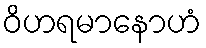
ဝိဟရမာနောဟံ